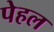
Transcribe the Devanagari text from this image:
पेहल